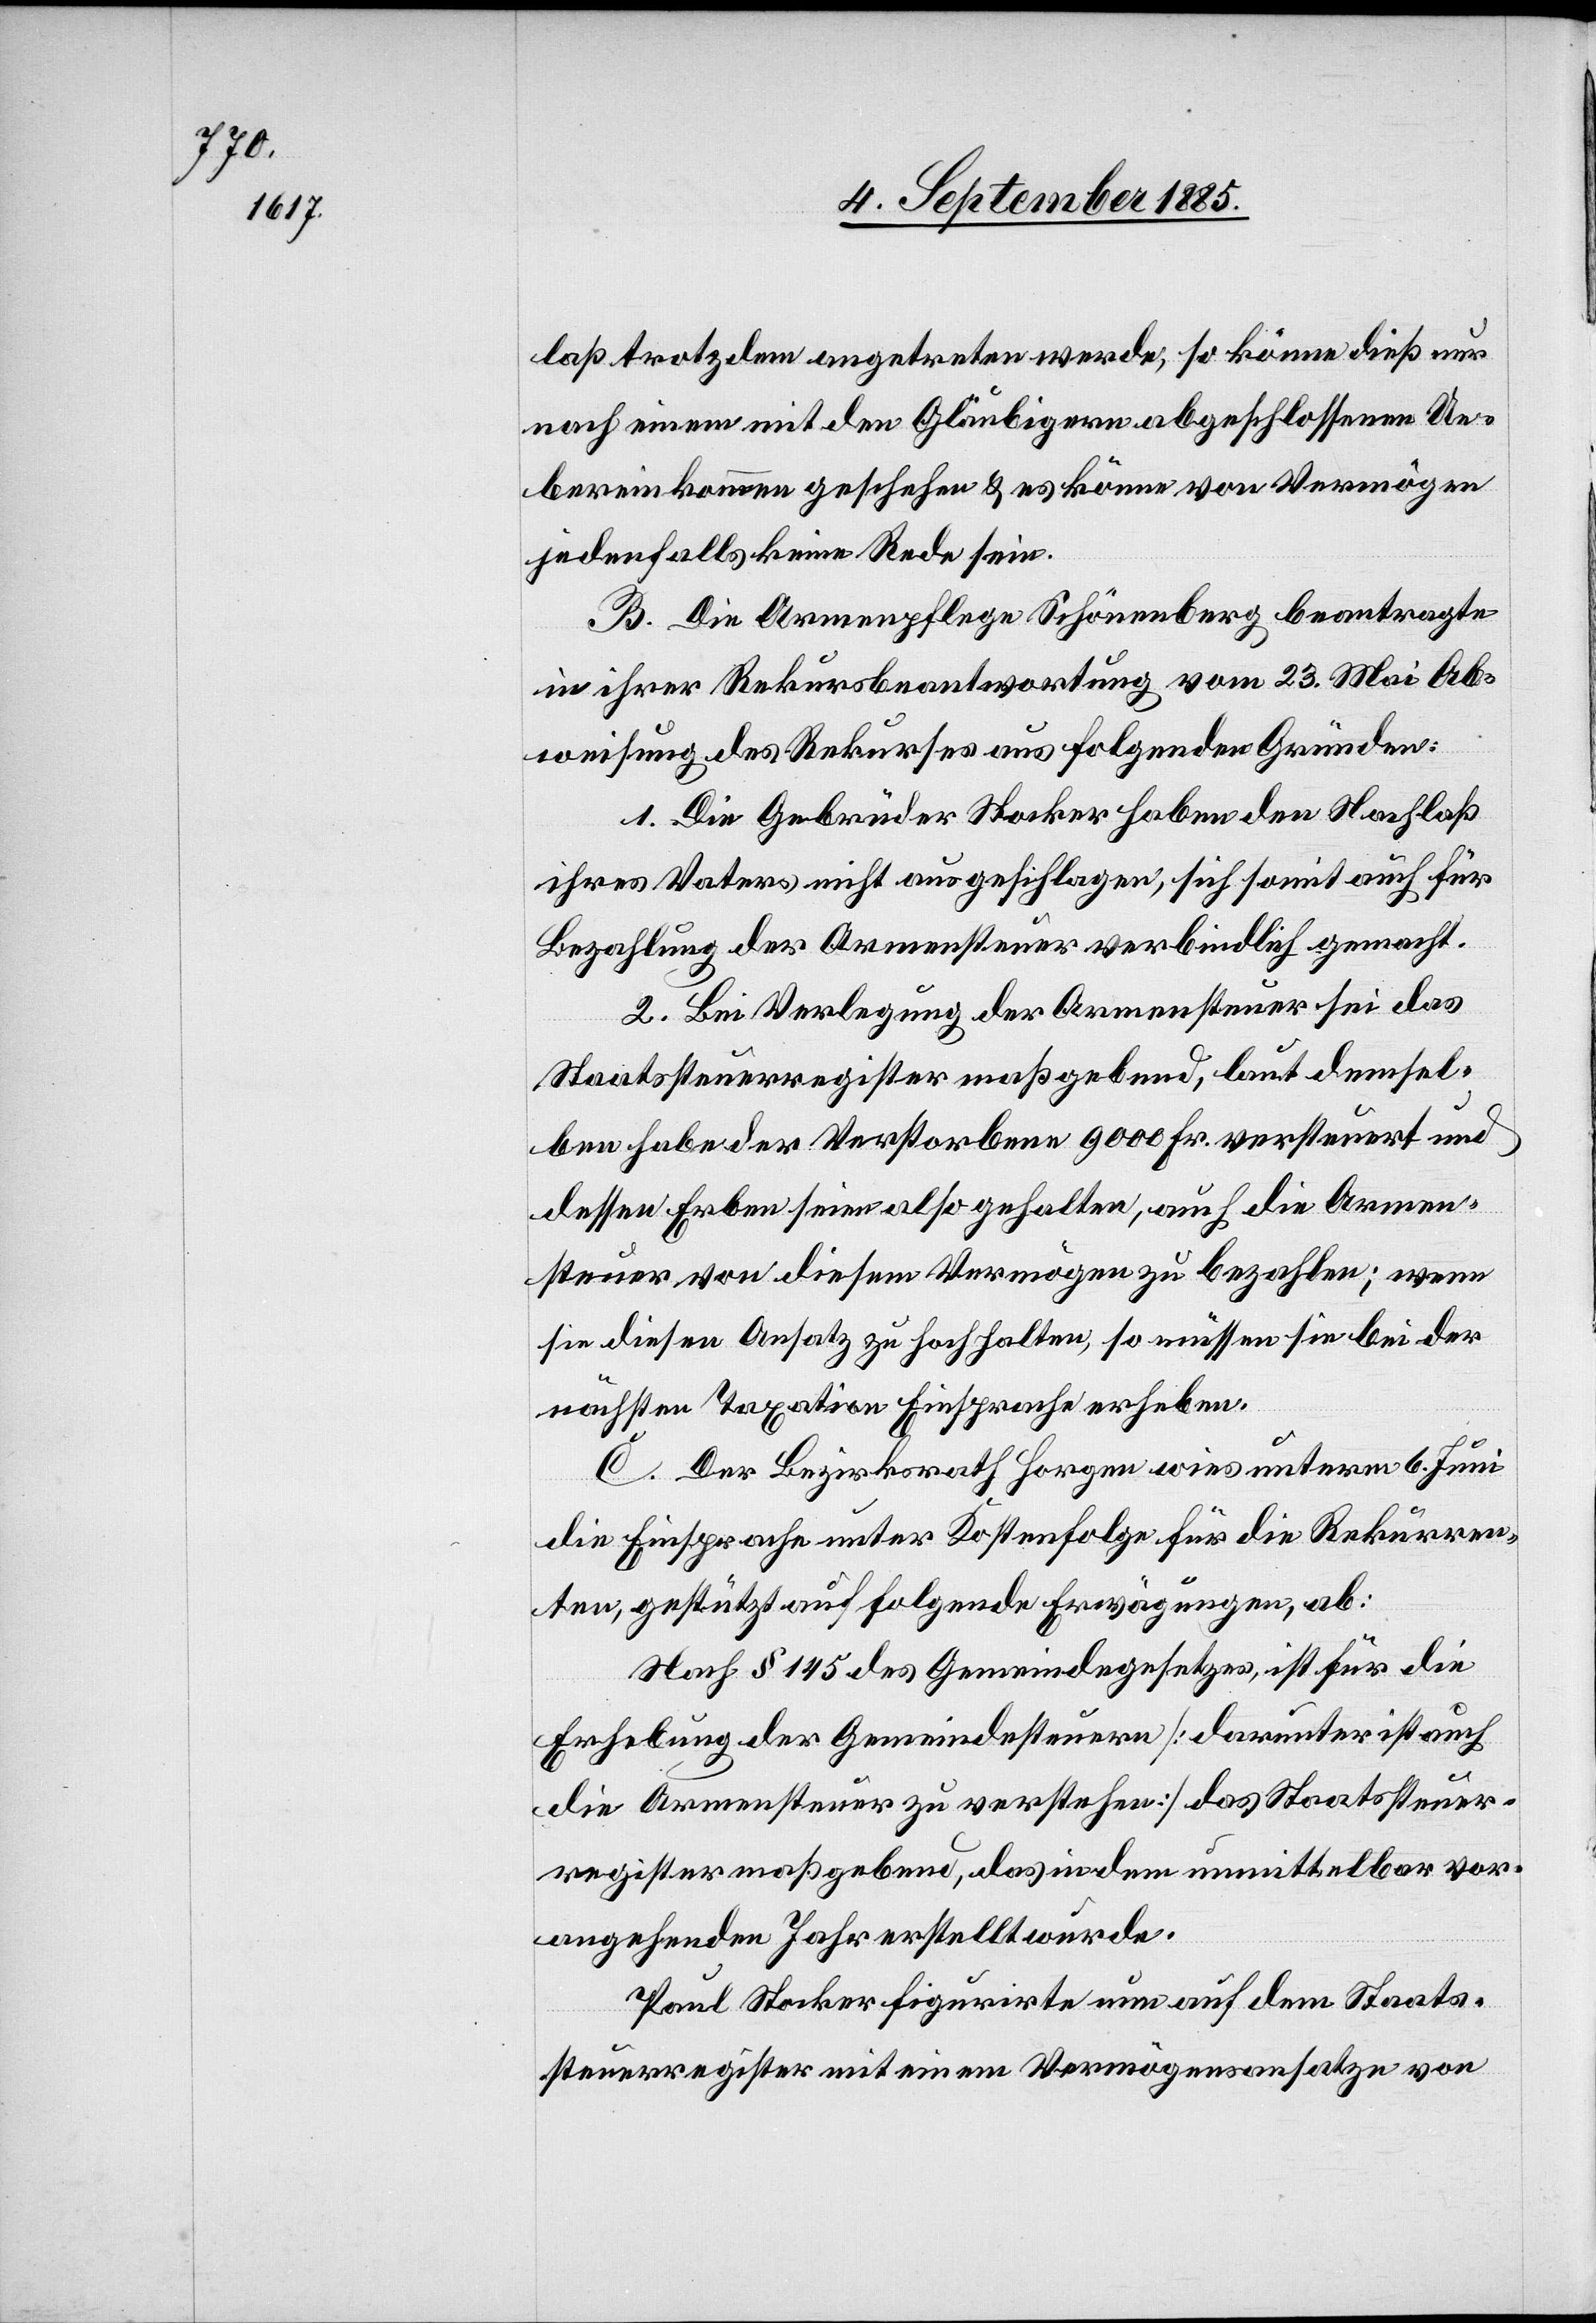
laß trotzdem angetreten werde, so könne dieß nur
nach einem mit den Gläubigern abgeschlossenen Ue¬
bereinkommen geschehen & es könne von Vermögen
jedenfalls keine Rede sein.
B. Die Armenpflege Schönenberg beantragte
in ihrer Rekursbeantwortung vom 23. Mai Ab¬
weisung des Rekurses aus folgenden Gründen:
1. Die Gebrüder Stocker haben den Nachlaß
ihres Vaters nicht ausgeschlagen, sich somit auch für
Bezahlung der Armensteuer verbindlich gemacht.
2. Bei Verlegung der Armensteuer sei das
Staatssteuerregister maßgebend, laut demsel¬
ben habe der Verstorbene 9000 Fr. versteuert und
dessen Erben seien also gehalten, auch die Armen¬
steuer von diesem Vermögen zu bezahlen; wenn
sie diesen Ansatz zu hochhalten, so müssen sie bei der
nächsten Taxation Einsprache erheben.
C. Der Bezirksrath Horgen wies unterm 6. Juni
die Einsprache unter Kostenfolge für die Rekurren¬
ten, gestützt auf folgende Erwägungen, ab:
Nach § 145 des Gemeindegesetzes ist für die
Erhebung der Gemeindesteuern [darunter ist auch
die Armensteuer zu verstehen] das Staatssteuer¬
register maßgebend, das in dem unmittelbar vor¬
angehenden Jahr erstellt wurde.
Paul Stocker figurirte nun auf dem Staats¬
steuerregister mit einem Vermögensansatz von